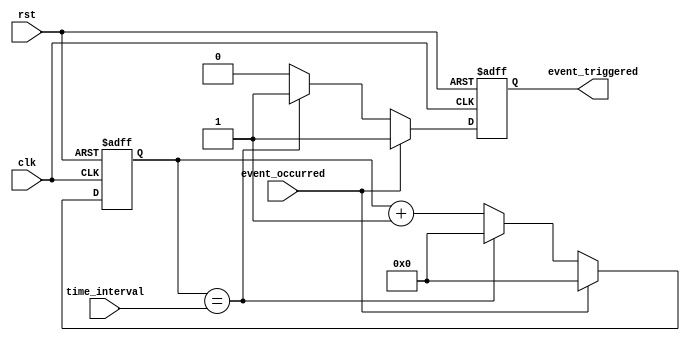
module event_timer (
    input wire clk,
    input wire rst,
    input wire event_occurred,
    input wire [31:0] time_interval,
    output reg event_triggered
);

reg [31:0] counter;

always @ (posedge clk or posedge rst) begin
    if (rst) begin
        counter <= 0;
        event_triggered <= 0;
    end else if (event_occurred) begin
        counter <= 0;
        event_triggered <= 1;
    end else if (counter == time_interval) begin
        counter <= 0;
        event_triggered <= 1;
    end else begin
        counter <= counter + 1;
        event_triggered <= 0;
    end
end

endmodule